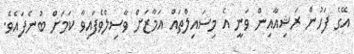
އޭގެ ފަހުން ރަޝިއާއިން ވަނީ އެ މިސައިލްތައް އަމާޒަށް ވާސިލްވެފައިވާ ކަމަށް ބުނެފައެވެ.